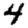
Digit: 4